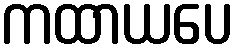
ကထာယပေ